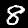
Label: 8